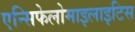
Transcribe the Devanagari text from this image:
एन्सिफेलोमाइलाइटिस